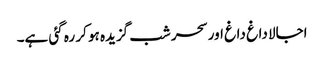
اجالا داغ داغ اور سحر شب گزیدہ ہو کر رہ گئی ہے۔